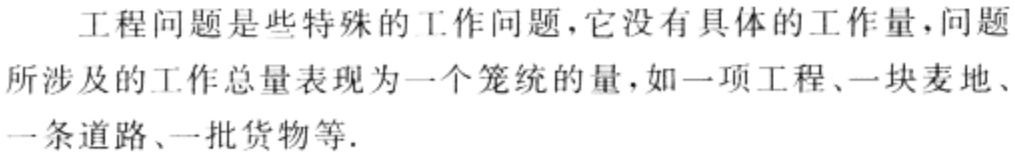
工程问题是些特殊的工作问题，它没有具体的工作量，问题所涉及的工作总量表现为一个笼统的量，如一项工程、一块麦地、一条道路、一批货物等.